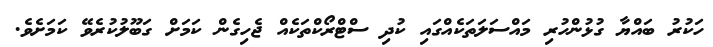
ހަކުރު ބައްޔާ ގުޅުންހުރި މައްސަލަތަކެއްގައި ކުދި ސްޓްރޯކްތަކެއް ޖެހިގެން ކަމަށް ގަބޫލުކުރެވޭ ކަމަށެވެ.